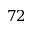
7 2